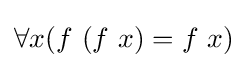
\forall x(f\ (f\ x)=f\ x)